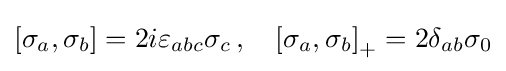
\left[\sigma _{a},\sigma _{b}\right]=2i\varepsilon _{abc}\sigma _{c}\,,\quad \left[\sigma _{a},\sigma _{b}\right]_{+}=2\delta _{ab}\sigma _{0}